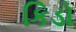
કિડો